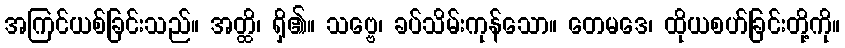
အကြင်ယစ်ခြင်းသည်။ အတ္ထိ၊ ရှိ၏။ သဗ္ဗေ၊ ခပ်သိမ်းကုန်သော။ တေမဒေ၊ ထိုယစဟ်ခြင်းတို့ကို။